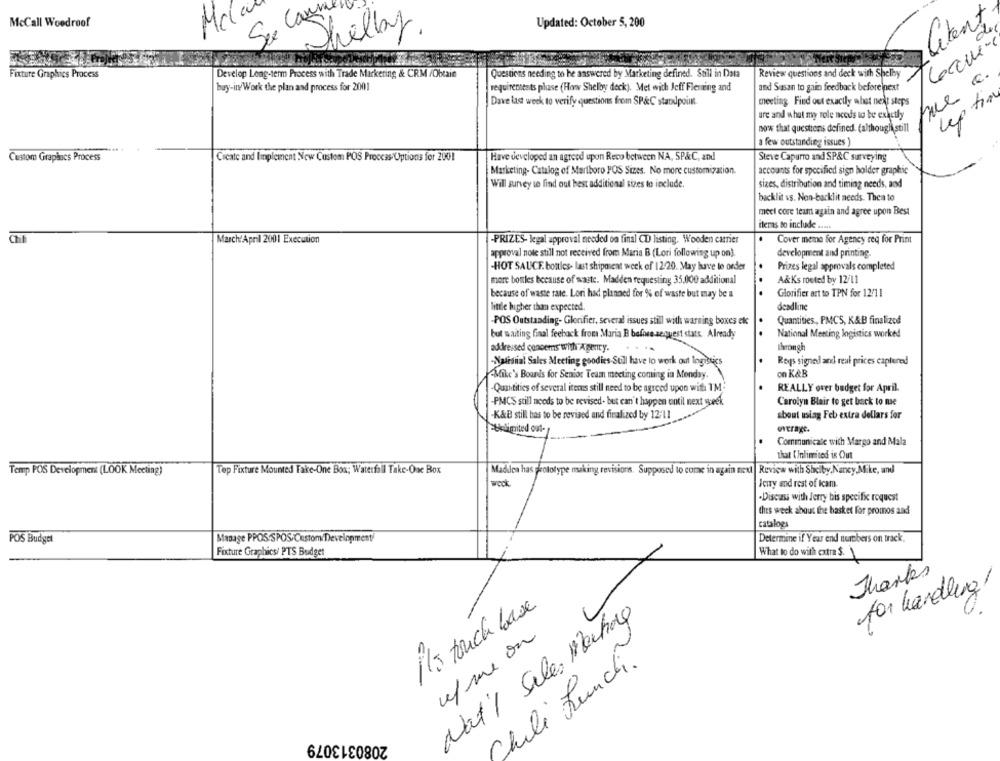
McCall Woodroof
Mc
Updated: October 5, 200
Liten
Se Shelly.
Fixture Graphics Process
Develop Long-term Process with Trade Marketing & CRM /Obtain
Questions needing to he answered by Marketing defined. Sull in Data
Review questions and deck with Shelby
buy-in Work the plan and process for 2001
requirements phase (How Shelby deck). Met with Jeff Fleming and
and Susan to gain feedback before next
o fim
Dave last week to verify questions from SP&C standpoint.
meeting. Find out exactly what next steps
ure and what my role needs to be exactly
up
now that questions defined. (although still
a few outstanding issues )
Custom Grapincs Process
Create and Implement New Custom POS Process Uptions for 2001
Have developed an agreed upon Reco between NA, SP&C, and
Steve Capurro and SP&C surveying
Marketing- Catalog of Marlboro POS Sizes. No more customization.
accounts for specified sign holder graphic
Will survey to find out best additional sizes to include.
sizes, distribution and timing needs, and
backlit vs. Non-backlit needs. Thea to
meel core team again and agree upon Best
iteras to include .....
.
March'April 2001 Execution
-PRIZES- legal approval needed oa final CD listing. Wooden carrier
Cover meme for Agency req for Print
approval note still not received from Maria B (Lori following up on).
development and printing.
Prizes legal approvals completed
-HOT SAUCE. bottles- last shipment week of 12:20. May have to order
more bottles because of waste. Madden requesting 35.000 additional
A&Ks routed by 12/11
because of waste rate. Lori had planned for % of waste but may be a
Glorifier art to TPN for 12/11
little higher than expected.
deadline
Quantities, PMCS, K&B finalized
-POS Outstanding- Glorifier, several issues still with warning boxes etc
.
but waiting final feeback from Maria B before sequest stats. Already
National Meeting logistics worked
addressed concerns with Agency.
....
through
-National Sales Meeting goodies Still have to work out logistics
Reys signed and real prices captured
on K&B
Mike's Boards for Senior Team meeting coming in Monday.
-Quantities of several items still need to be agreed upon with I'M
.
REALLY over budget for April.
-PMC'S still needs to be revised- but can't happen until next geek
Carolyn Blair to get back to me
-K&B still has to be revised and finalized by 12/11
about using Feb extra dollars for
Belimited out-
overage.
.
Communicate with Margo and Mala
that (Inlimited is Out
Temp POS Development (LOOK Meeting)
Top Fixture Mounted Fake-One Boa; Waterfall Take-One Box
Maddea has prototype making revisions. Supposed to come in again next Review with Shelby, Nancy,Mike, and
Icity and rest of icam.
-Discuss with Jerry bis specific request
this week about the basket for promos and
catalogs
POS Budget
Manage PPOS.SPOS/Custom/Development/
Determine if Year end tuabbers on track.
Fixture Graphics/ PTS Budget
What to do with extra $.
Thanks
for handling
it's touch base
Nat'l Sales Mahal
up me on
Chili Lunch.
2080313079